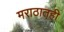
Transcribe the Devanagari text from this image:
मराठातही